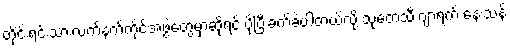
တိုင်းရင်းသားလက်နက်ကိုင်အဖွဲ့တွေမှာဆိုရင် ပိုပြီးခက်ခဲပါတယ်လို့ သုတေသီ ဂျာရက် နေးသန်